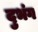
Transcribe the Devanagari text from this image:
दुभंग